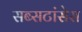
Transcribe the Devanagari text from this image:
सब्सटांसेस